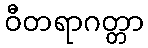
ဝီတရာဂတ္တာ